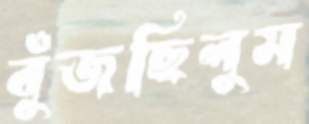
বুঁজছিলুম